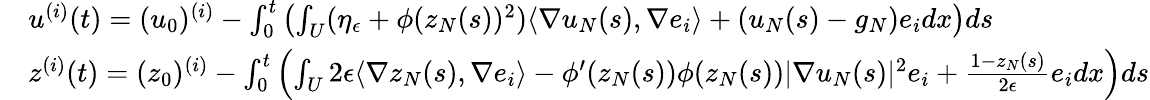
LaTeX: \begin{array}{rl}&{u^{(i)}(t)=(u_{0})^{(i)}-\int_{0}^{t}\left(\int_{U}(\eta_{\epsilon}+\phi(z_{N}(s))^{2})\langle\nabla u_{N}(s),\nabla e_{i}\rangle+(u_{N}(s)-g_{N})e_{i}dx\right)ds}\\ &{z^{(i)}(t)=(z_{0})^{(i)}-\int_{0}^{t}\left(\int_{U}2\epsilon\langle\nabla z_{N}(s),\nabla e_{i}\rangle-\phi^{\prime}(z_{N}(s))\phi(z_{N}(s))|\nabla u_{N}(s)|^{2}e_{i}+\frac{1-z_{N}(s)}{2\epsilon}e_{i}dx\right)ds}\end{array}